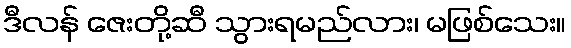
ဒီလန် ဇေးတို့ဆီ သွားရမည်လား၊ မဖြစ်သေး။